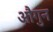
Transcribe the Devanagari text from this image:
औगुन